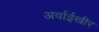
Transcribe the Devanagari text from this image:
अर्वाईखीर